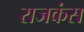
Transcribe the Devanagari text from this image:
राजकंस